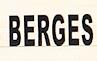
berges